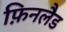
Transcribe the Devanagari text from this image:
फ़िनलैड